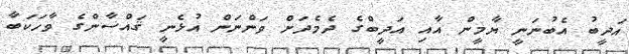
އަދީބު އެބުނަނީ ޔާމީން އާއި އަދީބްގެ ދެމެދަށް ވަންނަން އުޅެނީ ޤައްސާންގެ ވާހަކަބާ